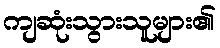
ကျဆုံးသွားသူများ၏